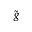
\tilde { g }